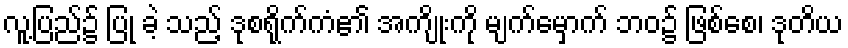
လူ့ပြည်၌ ပြု ခဲ့ သည့် ဒုစရိုက်ကံ၏ အကျိုးကို မျက်မှောက် ဘဝ၌ ဖြစ်စေ၊ ဒုတိယ